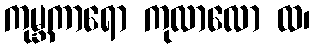
ကုမ္ဘကာရော ကုလာလော ထ၊